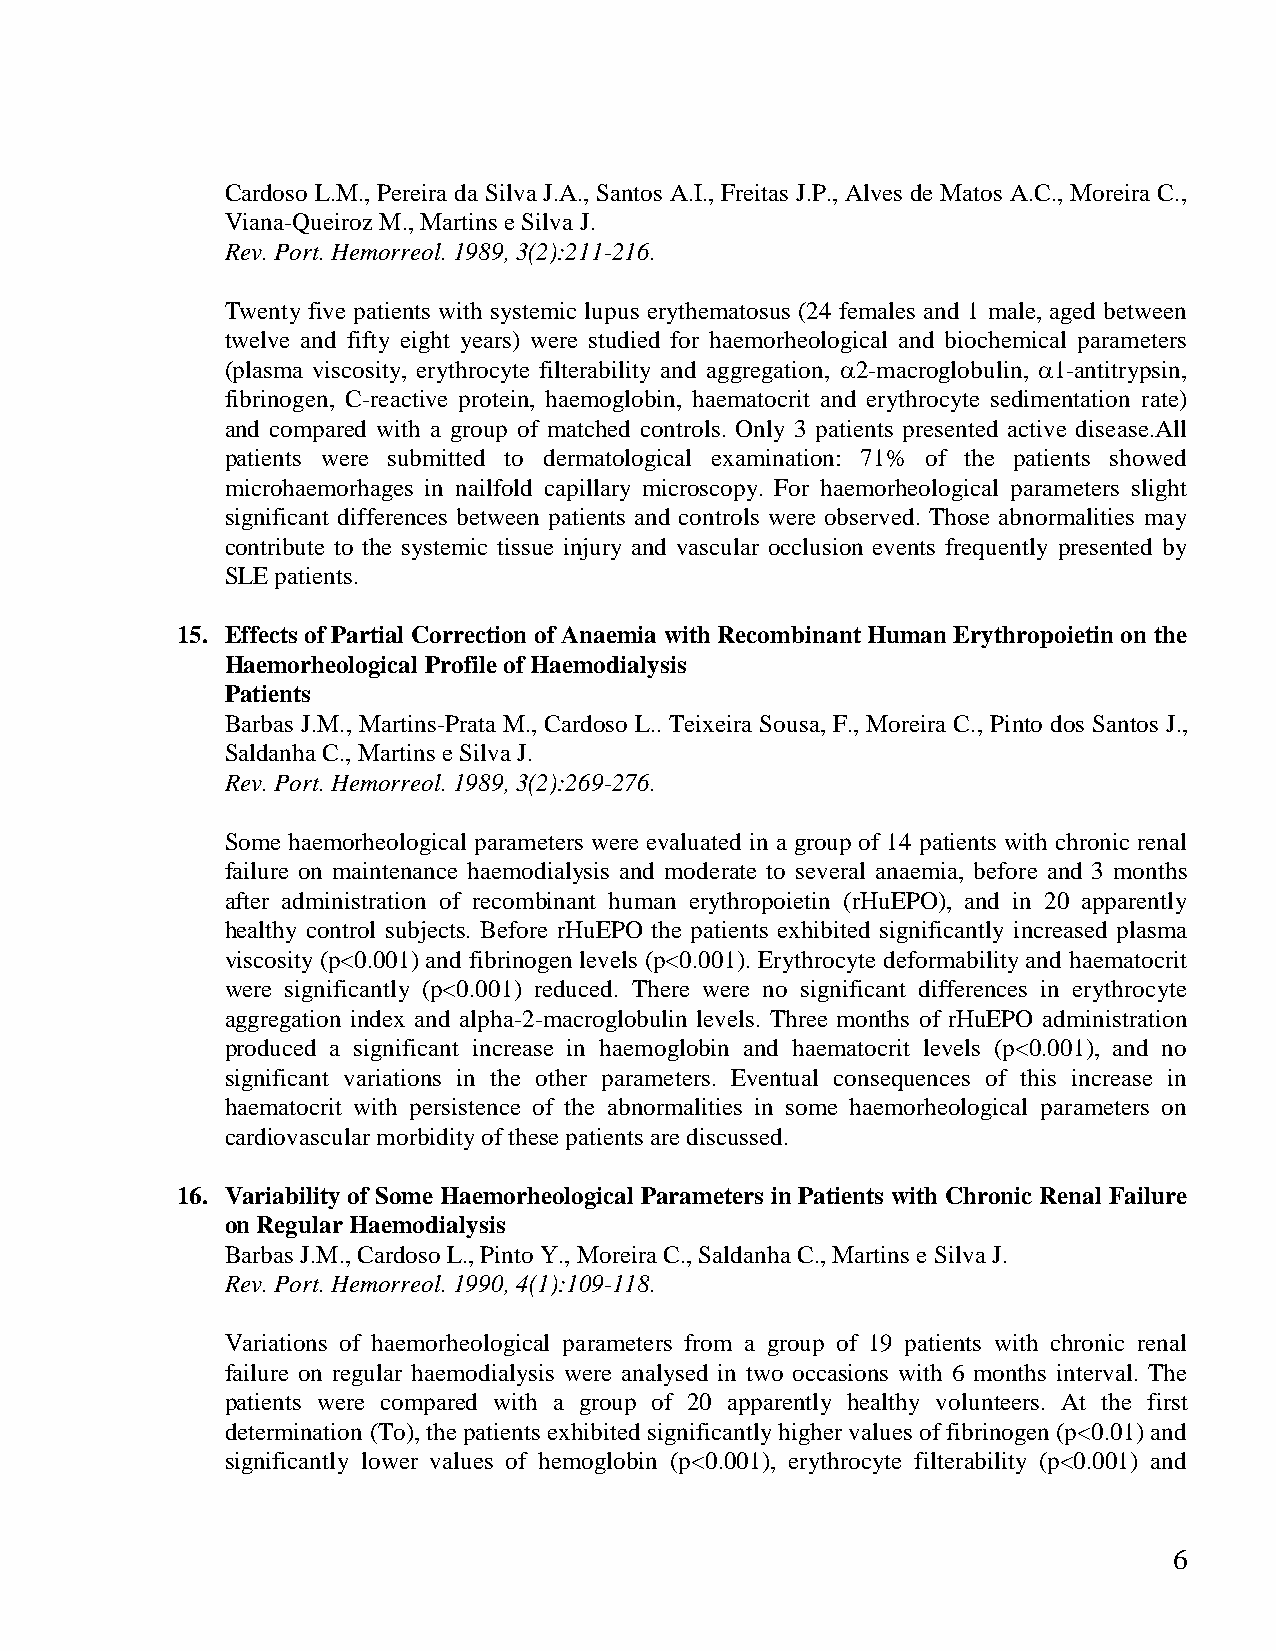
Cardoso L.M., Pereira da Silva J.A., Santos A.I., Freitas J.P., Alves de Matos A.C., Moreira C.,
 Viana-Queiroz M., Martins e Silva J.
 Rev. Port. Hemorreol. 1989, 3(2):211-216.
 Twenty five patients with systemic lupus erythematosus (24 females and 1 male, aged between
 twelve and fifty eight years) were studied for haemorheological and biochemical parameters
 (plasma viscosity, erythrocyte filterability and aggregation, 2-macroglobulin, 1-antitrypsin,
 fibrinogen, C-reactive protein, haemoglobin, haematocrit and erythrocyte sedimentation rate)
 and compared with a group of matched controls. Only 3 patients presented active disease.All
 patients were submitted to dermatological examination: 71% of the patients showed
 microhaemorhages in nailfold capillary microscopy. For haemorheological parameters slight
 significant differences between patients and controls were observed. Those abnormalities may
 contribute to the systemic tissue injury and vascular occlusion events frequently presented by
 SLE patients.
 15. Effects of Partial Correction of Anaemia with Recombinant Human Erythropoietin on the
 Haemorheological Profile of Haemodialysis
 Patients
 Barbas J.M., Martins-Prata M., Cardoso L.. Teixeira Sousa, F., Moreira C., Pinto dos Santos J.,
 Saldanha C., Martins e Silva J.
 Rev. Port. Hemorreol. 1989, 3(2):269-276.
 Some haemorheological parameters were evaluated in a group of 14 patients with chronic renal
 failure on maintenance haemodialysis and moderate to several anaemia, before and 3 months
 after administration of recombinant human erythropoietin (rHuEPO), and in 20 apparently
 healthy control subjects. Before rHuEPO the patients exhibited significantly increased plasma
 viscosity (p<0.001) and fibrinogen levels (p<0.001). Erythrocyte deformability and haematocrit
 were significantly (p<0.001) reduced. There were no significant differences in erythrocyte
 aggregation index and alpha-2-macroglobulin levels. Three months of rHuEPO administration
 produced a significant increase in haemoglobin and haematocrit levels (p<0.001), and no
 significant variations in the other parameters. Eventual consequences of this increase in
 haematocrit with persistence of the abnormalities in some haemorheological parameters on
 cardiovascular morbidity of these patients are discussed.
 16. Variability of Some Haemorheological Parameters in Patients with Chronic Renal Failure
 on Regular Haemodialysis
 Barbas J.M., Cardoso L., Pinto Y., Moreira C., Saldanha C., Martins e Silva J.
 Rev. Port. Hemorreol. 1990, 4(1):109-118.
 Variations of haemorheological parameters from a group of 19 patients with chronic renal
 failure on regular haemodialysis were analysed in two occasions with 6 months interval. The
 patients were compared with a group of 20 apparently healthy volunteers. At the first
 determination (To), the patients exhibited significantly higher values of fibrinogen (p<0.01) and
 significantly lower values of hemoglobin (p<0.001), erythrocyte filterability (p<0.001) and
 6